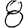
Digit: 8